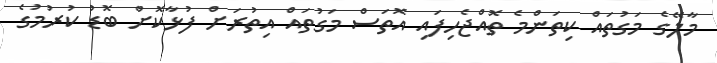
މާލޭގެ މަގުތައް ކިތަންމެ ތޮއްޖެހިފައި އޮތަސް މަގުތައް އިތުރަށް ފުޅާކޮށް ބޮޑު ކުރުމުގެ